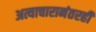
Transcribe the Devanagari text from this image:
अत्याचारानंतरही